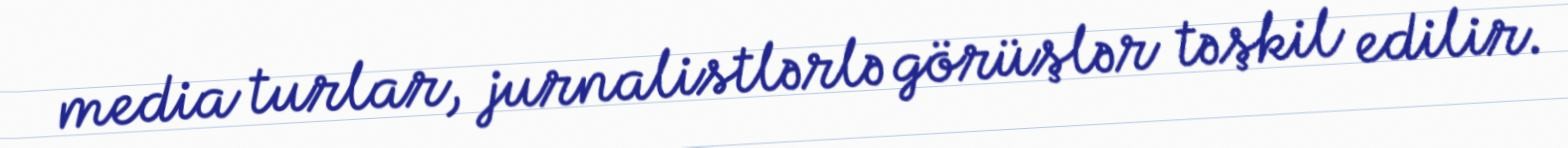
media turlar, jurnalistlərlə görüşlər təşkil edilir.